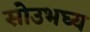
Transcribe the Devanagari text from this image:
सोउभघ्य